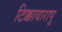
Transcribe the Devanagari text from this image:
टिक्कावारापु